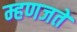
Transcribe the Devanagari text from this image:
म्हणजते